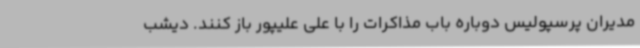
مدیران پرسپولیس دوباره باب مذاکرات را با علی علیپور باز کنند. دیشب